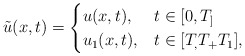
\begin{align*} \tilde{u}(x,t) = \begin{cases} u(x,t), &t\in[0,T_] \\ u_1(x,t), & t \in [T_,T_+T_1], \end{cases} \end{align*}